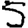
Digit: 5